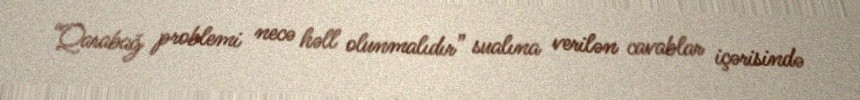
“Qarabağ problemi necə həll olunmalıdır” sualına verilən cavablar içərisində